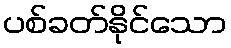
ပစ်ခတ်နိုင်သော